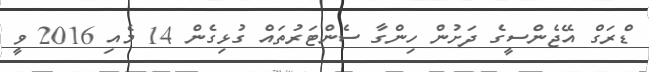
ޑްރަގް އޭޖެންސީގެ ދަށުން ހިންގާ ސެންޓަރުތައް ގުޅިގެން 14 މެއި 2016 ވީ